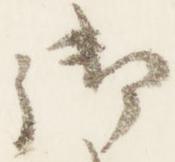
御